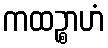
ကထဉ္စာဟံ